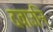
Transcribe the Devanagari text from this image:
दवाउनि